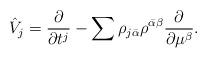
LaTeX: \begin{align*} \hat V_j= \frac{\partial}{\partial t^j}- \sum \rho_{j\bar\alpha} \rho^{\bar\alpha\beta}\frac{\partial}{\partial \mu^{\beta}} .\end{align*}